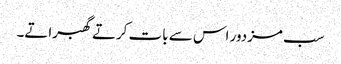
سب مزدور اس سے بات کرتے گھبراتے۔